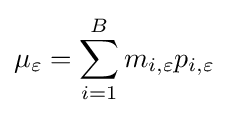
\mu _{\varepsilon }=\sum _{i=1}^{B}{m_{i,\varepsilon }p_{i,\varepsilon }}